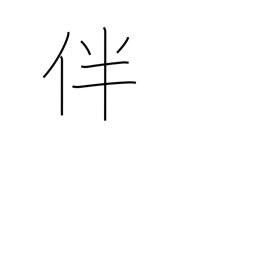
Meaning: bring with